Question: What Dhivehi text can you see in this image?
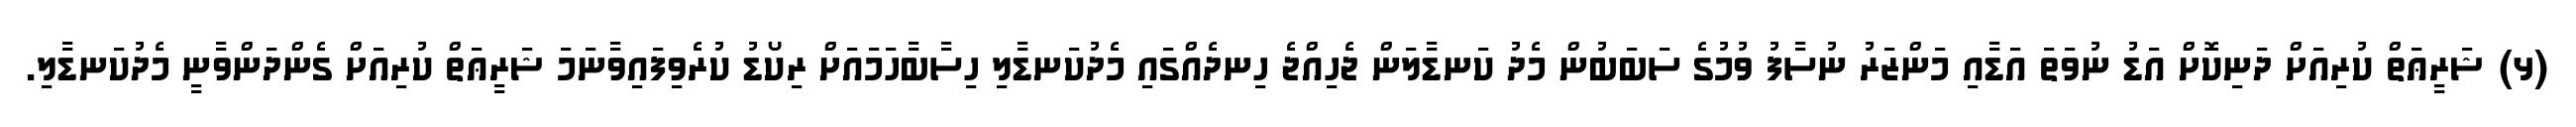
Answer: (ޅ) ޝަރީޢަތް ކުރިއަށް ދަނިކޮށް އަޑު ނުވަތަ އަޑާއި މަންޒަރު ނުސާފު ވުމުގެ ސަބަބުން މެދު ކަނޑާލަން ޖެހިއްޖެ ހިނދެއްގައި މެދުކަނޑާލި ހިސާބާހަމައަށް ރިކޯޑު ކުރެވިފައިވާނަމަ ޝަރީޢަތް ކުރިއަށް ގެންދަންވާނީ މެދުކަނޑާލި.